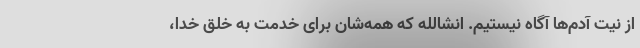
از نیت آدم‌ها آگاه نیستیم. انشالله که همه‌شان برای خدمت به خلق خدا،